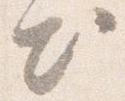
出